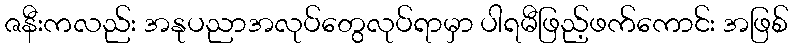
ဇနီးကလည်း အနုပညာအလုပ်တွေလုပ်ရာမှာ ပါရမီဖြည့်ဖက်ကောင်း အဖြစ်